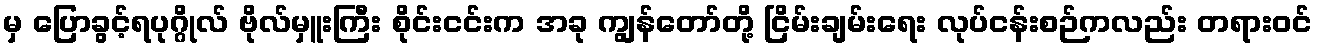
မှ ပြောခွင့်ရပုဂ္ဂိုလ် ဗိုလ်မှူးကြီး စိုင်းငင်းက အခု ကျွန်တော်တို့ ငြိမ်းချမ်းရေး လုပ်ငန်းစဉ်ကလည်း တရားဝင်